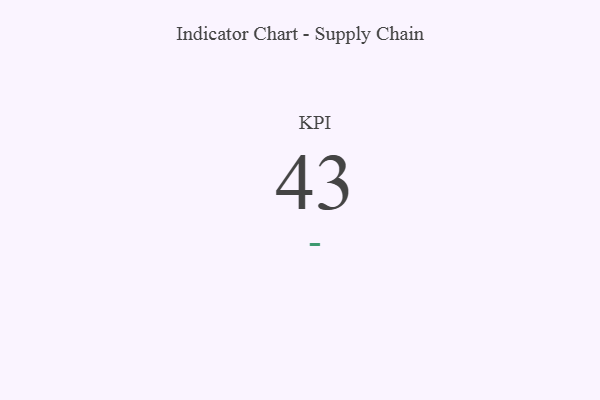
{"axis": {"x": "KPI", "y": "Value"}, "legend": [""], "data": [{"x": "KPI", "y": 43, "type": ""}]}